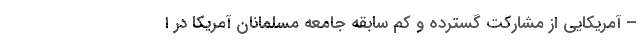
– آمریکایی از مشارکت گسترده و کم سابقه جامعه مسلمانان آمریکا در ا